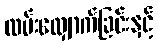
လမ်းလျှောက်ခြင်းနှင့်